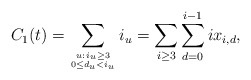
\begin{align*}C_1(t) = \sum_{u:\,i_u \geq 3 \atop {0 \leq d_u < i_u}} i_u = \sum_{i \geq 3} \sum_{d =0}^{i-1} ix_{i,d},\end{align*}